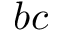
b c